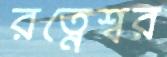
রত্নেশ্বর